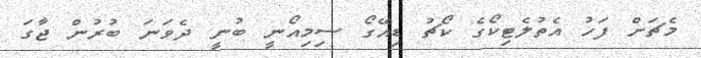
މެޗަށް ފަހު އެތުލެޓިކޯގެ ކޯޗު ޑިއޭގޯ ސިމިއޯނީ ބުނީ ދެވަނަ ބުރުން ޖާގަ